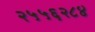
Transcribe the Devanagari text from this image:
२५५६२८४